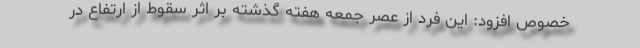
خصوص افزود: این فرد از عصر جمعه هفته گذشته بر اثر سقوط از ارتفاع در